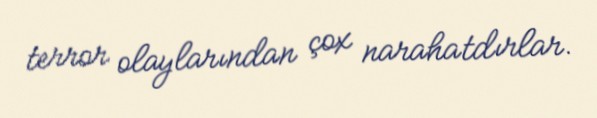
terror olaylarından çox narahatdırlar.